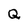
Character: Q